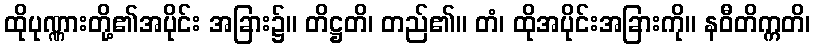
ထိုပုဏ္ဏားတို့၏အပိုင်း အခြား၌။ တိဋ္ဌတိ၊ တည်၏။ တံ၊ ထိုအပိုင်းအခြားကို။ နဝီတိက္ကတိ၊